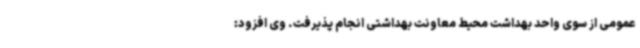
عمومی از سوی واحد بهداشت محیط معاونت بهداشتی انجام پذیرفت. وی افزود: